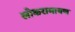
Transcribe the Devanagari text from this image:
लोकरामायण